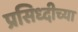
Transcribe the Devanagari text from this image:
प्रसिध्दीच्या